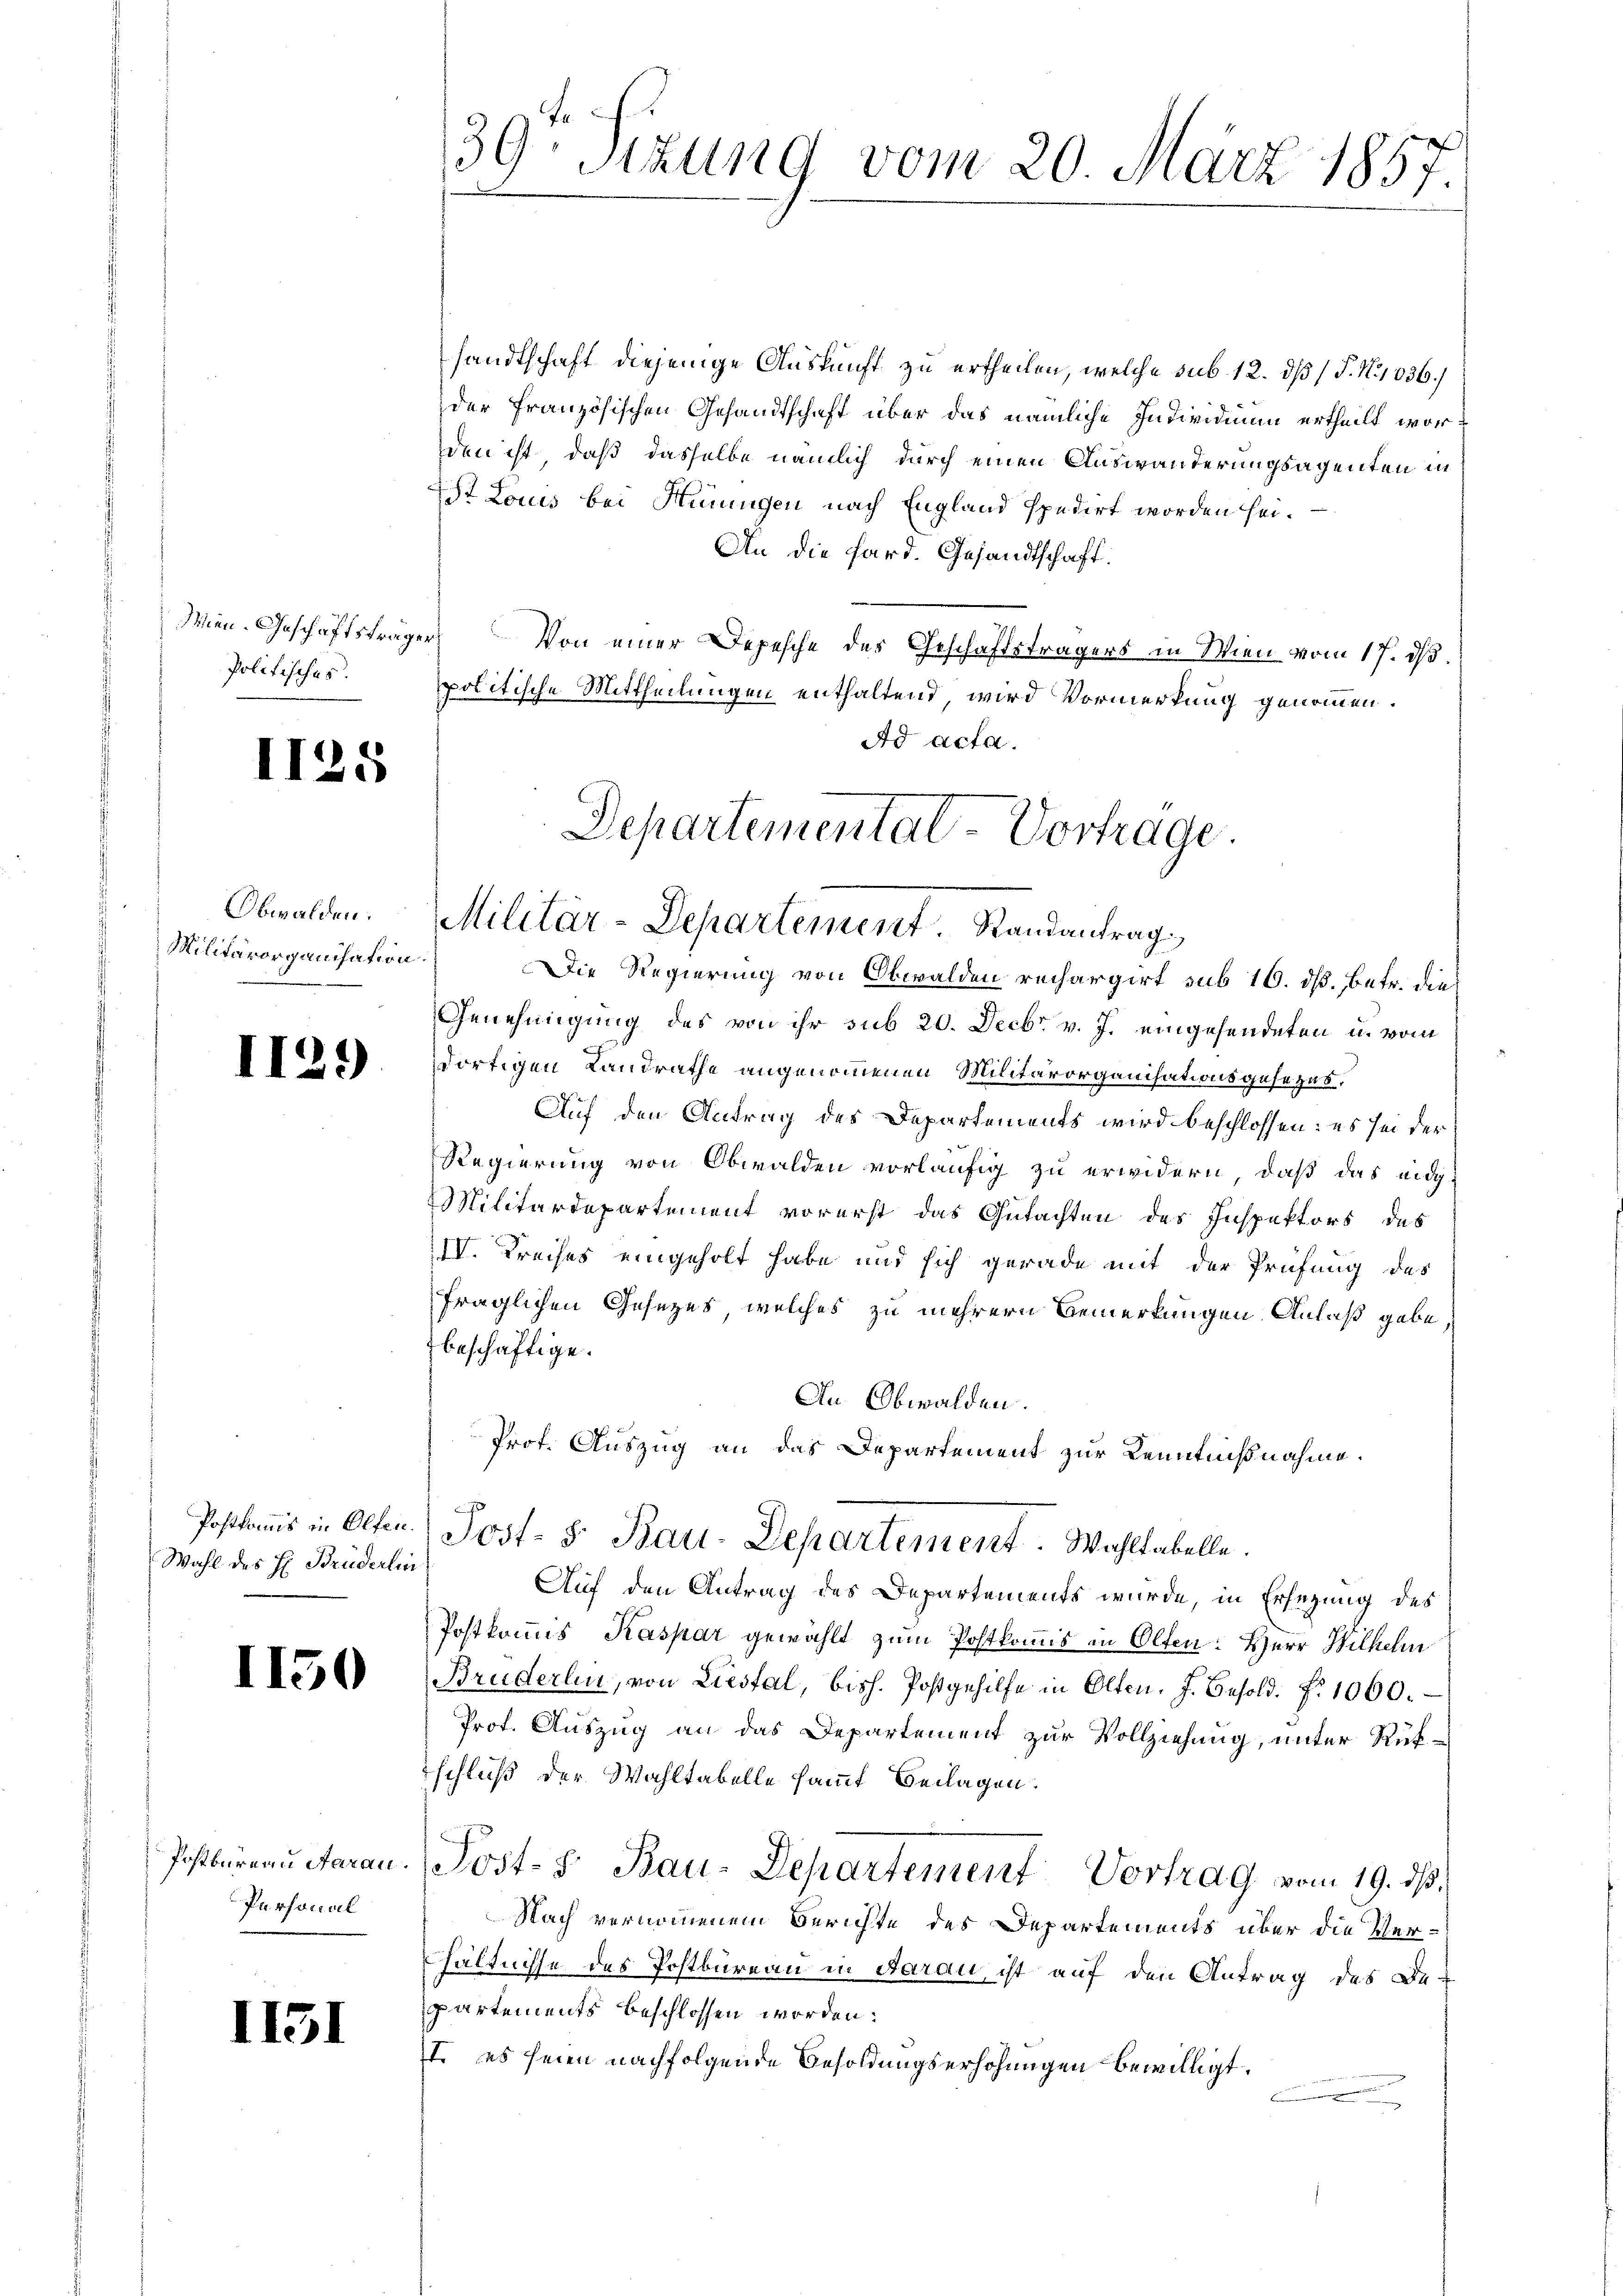
Mien. Geschäftsträger
Politisches.

.

I

Obwalden.
Militärorganisation

Postkomis in Olten.
Wahl des H. Brüderlin

1150

1131

129)

5

Postbureau darau.
Personal

39 Sitzung vom 20. März 1857.

sandtschaft diejenige Auskunft zu ertheilen, welche sub 12. dß / P. No 1036.
der französischen Gesandtschaft über das nämliche Individuum ertheilt worden ist, daß dasselbe nämlich durch einen Auswanderungsagenten in
st Louis bei Hinungen nach England spedirt worden hei¬
An die Sard. Gesandtschaft.
Von einer Depesche des Geschäftsträgers in Wien vom 17. dβ.
politische Mittheilungen enthaltend, wird Vormerkung genommen.
Ad acta.
Departemental-Vortrage.

Militär-Departement. Randantrag

Die Regierung von Obwalden rechargirt sub 16. dß. Betr. die
Genehmigung des von ihr sub 20. Decbr. v. J. eingesendeten u. vom
ortigen Landrathe angenommenen Militärorganisationsgesezes¬
Auf den Antrag des Departements wird beschlossen: es sei der
Regierung von Obwalden vorläufig zu erwidern, daß das eidg¬
Militärdepartement vorerst das Gutachten des Inspektors des
IV. Kreises eingeholt habe und sich gerade mit der Prüfung des
fraglichen Gesezes, welches zu mehrern Bemerkungen Anlaß gebe,
beschäftige.
An Obwalden.
Auf den Antrag des Departements wurde, in Ersezung des
Postkommis Kaspar gewählt zum Postkommis in Olten: Herr Wilhelm
Bruderlin, von Liestal, bish. Postgehilfe in Olten. J. Besold. . 1000.
Prot. Auszug an das Departement zur Vollziehung, unter Rükschluß der Wahltabelle samt Beilagen.
Post- Bau-Departement Vortrag vom 19. ds.
Nach vernommenem Berichte des Departements über die Ver-
hältnisse des Postbureau in Aarau, ist auf den Antrag des Be-
partements beschlossen worden:
t es seien nachfolgende Besoldungserhöhungen bewilligt.
.

Prot. Auszug an das Departement zur Kenntnißnahme.
Post- 8. Bau-Departement. Wahltabelle.